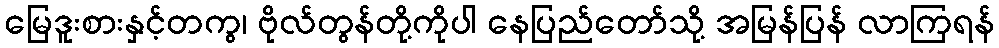
မြေဒူးစားနှင့်တကွ၊ ဗိုလ်တွန်တို့ကိုပါ နေပြည်တော်သို့ အမြန်ပြန် လာကြရန်